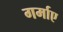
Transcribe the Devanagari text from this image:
गर्माए